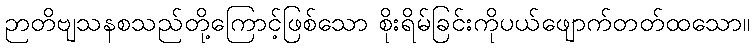
ဉာတိဗျသနစသည်တို့ကြောင့်ဖြစ်သော စိုးရိမ်ခြင်းကိုပယ်ဖျောက်တတ်ထသော။